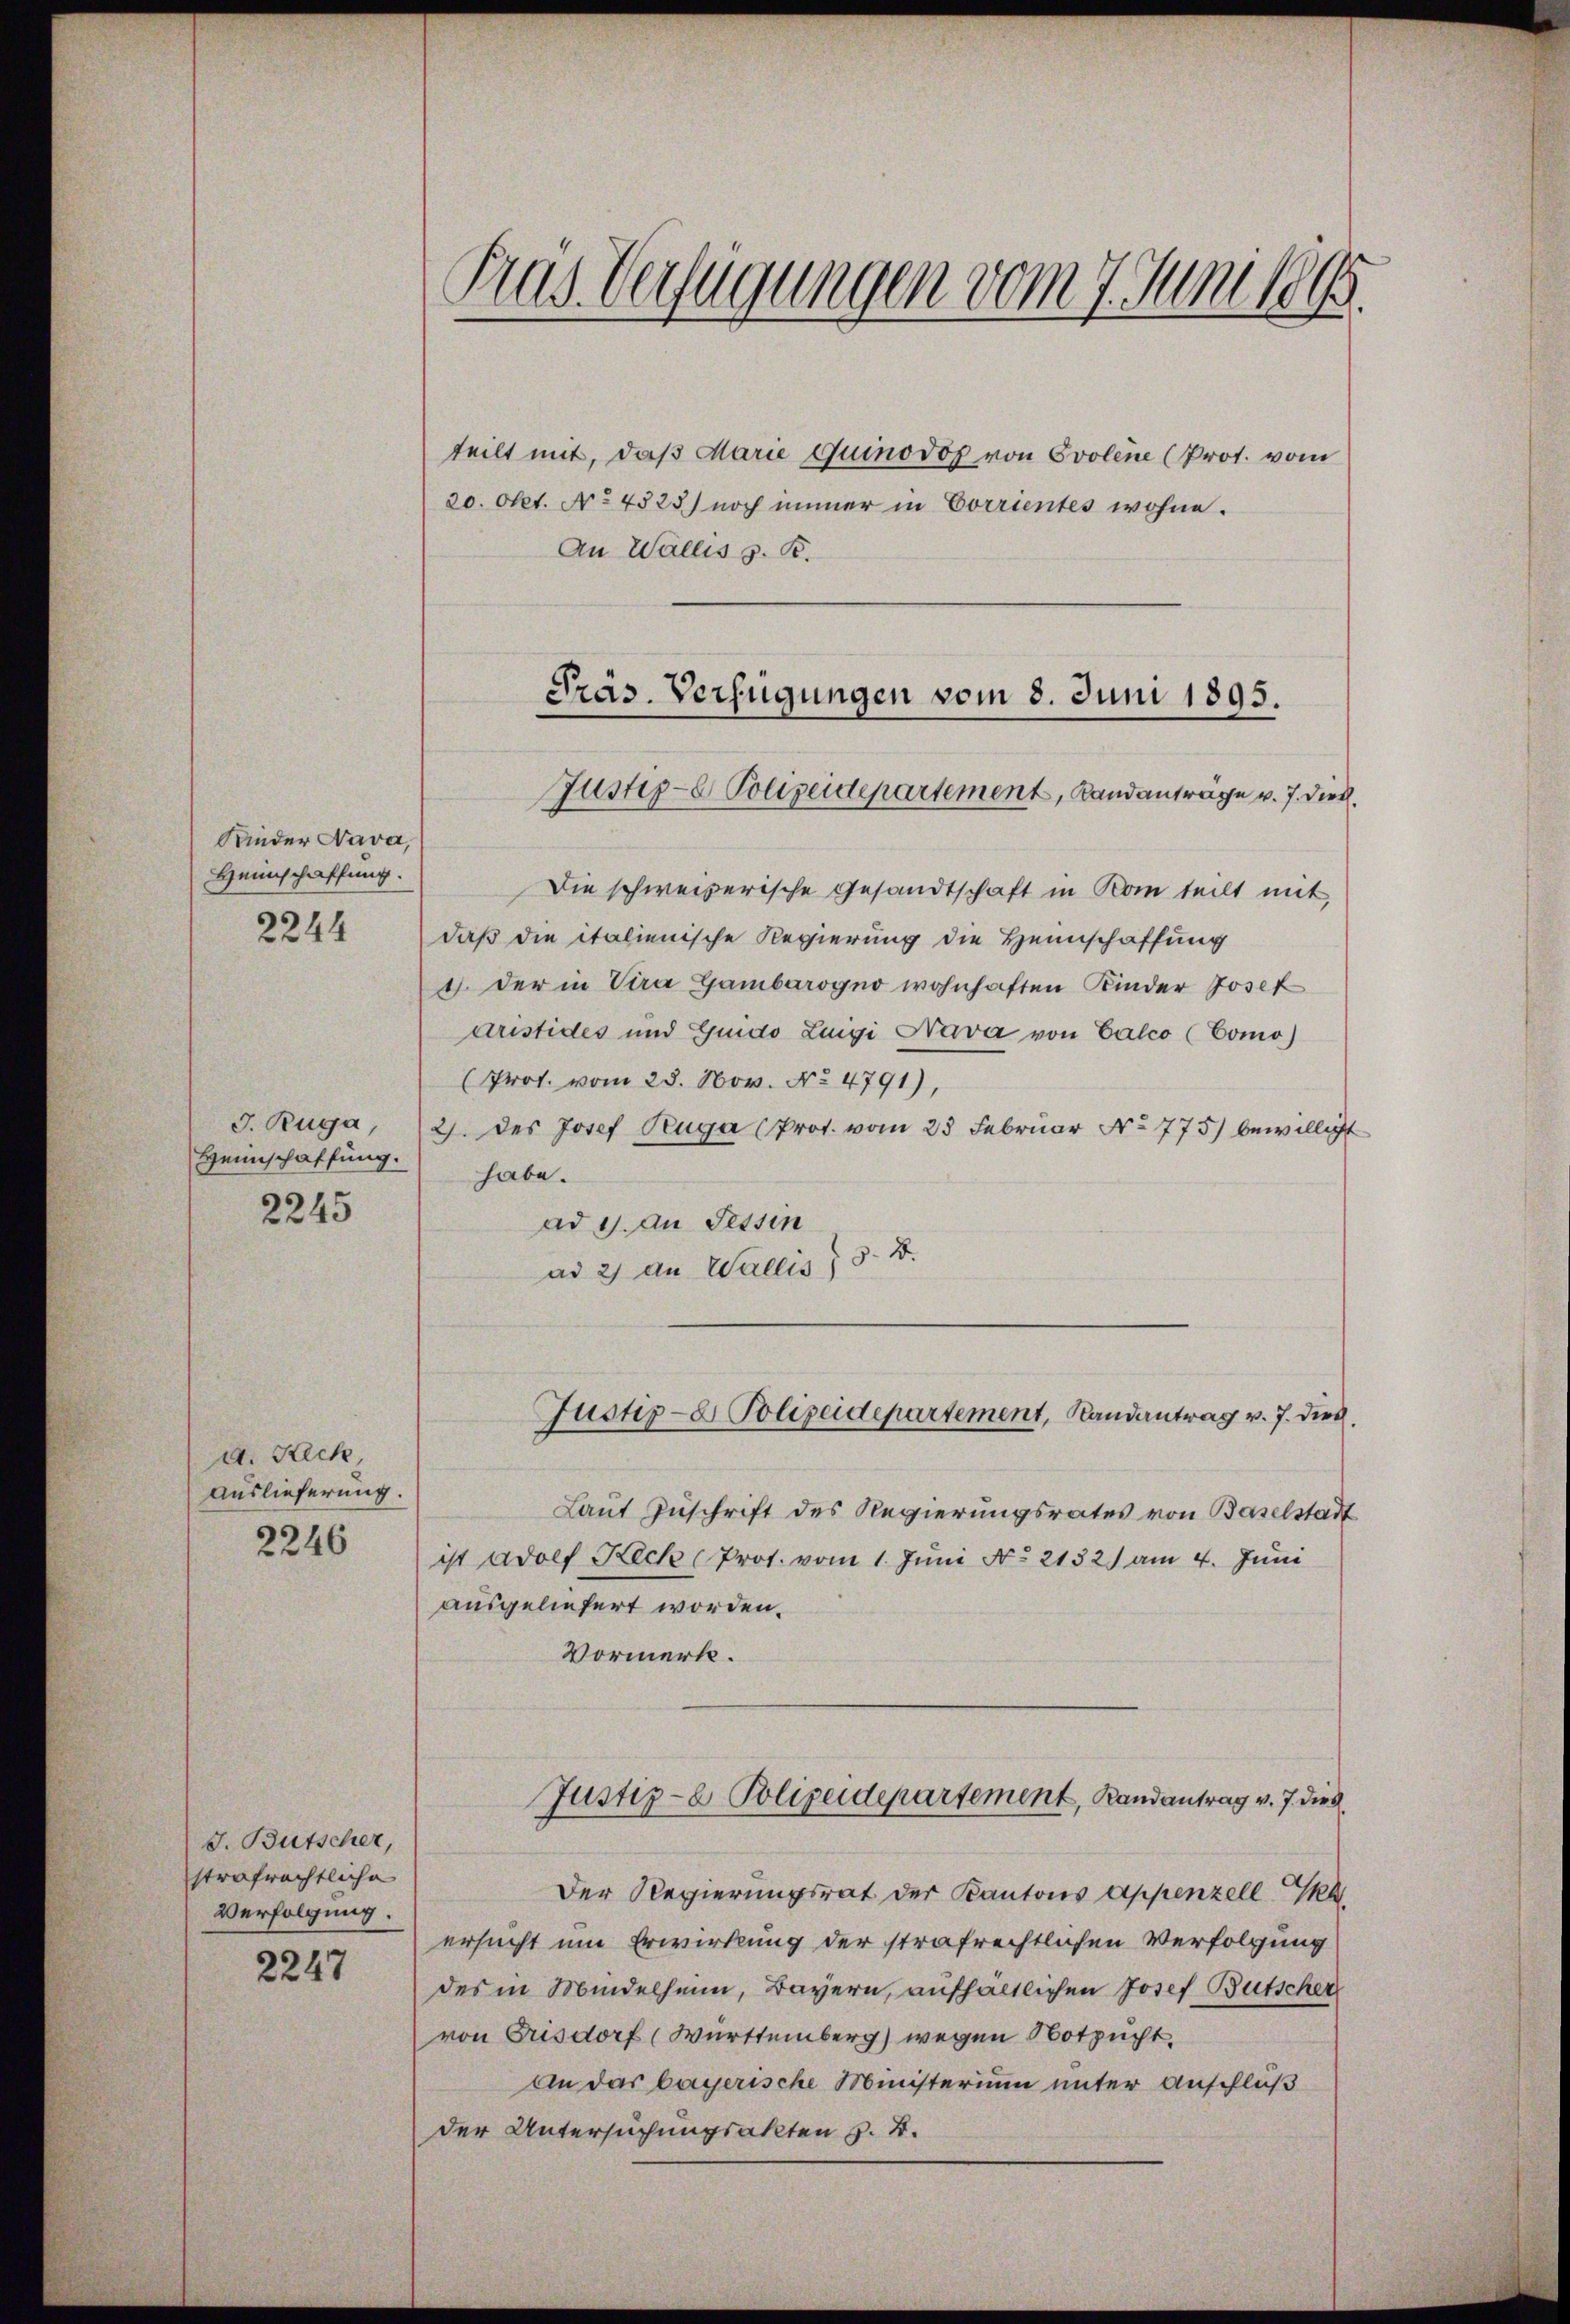
Kinder Nava,
Heimschaffung.

2244

J. Ruga,
Heimschaffung.

2245

d. Fick,
Auslieferung.
2246

J. Bütscher,
strafrechtliche
Verfolgung.

2247

Pas Verfügungen vom 7. Juni 1865.

teilt mit, daß Marie Quinodof von Evolene (Prot. vom
20. Okt. No 4525) noch immer in Corrientes wohne.
An Wallis z. B.

Pras. Verfügungen vom 8. Juni 1895.
Justiz- Polizeidepartement, Landanträge v. 7. dies

Die schweizerische Gesandtschaft in Kam teilt mit
daß die italienische Regierung die Heimschaffung
4. Der in Vira Gambarogno wohnhaften Kinder Josef
aristides und Guido Lugi Nava von Calco (Como)
Prot. vom 28. Nov. No 4791),
2. des Josef Ruga (Prot. vom 23 Februar No 775) bewilligt
habe.
ad 1. An Tessin
ad 2) an Wallis) S. D.

Laut Zuschrift des Regierungsrates von Baselstadt
ist adolf Keck (Prot. vom 1. Juni No 2132. am 4. Juni
ausgeliefert worden.
Vormerk.
Justiz- & Polizeidepartement, Bandantrag v. 7. dies
Der Regierungsrat der Kantons Appenzell I.
ersucht um Erwirkung der strafrechtlichen Verfolgung
des in Mindelheim, Bayern, aufhältlichen Josef Bütscher
von Frisdorf (Württemberg) wegen Notzucht.
An das bayerische Ministerium unter Anschluß
der Untersuchungsakten z. B.

Justiz- & Polizeidepartement, Randantrag v. 7. dies